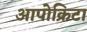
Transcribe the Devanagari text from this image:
आपोक्रिटा